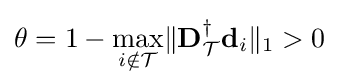
{\textstyle \theta =1-{\underset {i\notin {\mathcal {T}}}{\text{max}}}\|\mathbf {D} _{\mathcal {T}}^{\dagger }\mathbf {d} _{i}\|_{1}>0}